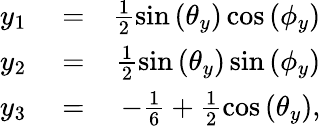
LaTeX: \begin{array}{rlr}{y_{1}}&{{}=}&{\frac{1}{2}\sin\left(\theta_{y}\right)\cos\left(\phi_{y}\right)}\\ {y_{2}}&{{}=}&{\frac{1}{2}\sin\left(\theta_{y}\right)\sin\left(\phi_{y}\right)}\\ {y_{3}}&{{}=}&{-\frac{1}{6}+\frac{1}{2}\cos\left(\theta_{y}\right),}\end{array}